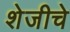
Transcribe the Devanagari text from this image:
शेजीचे